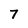
Character: 7